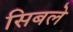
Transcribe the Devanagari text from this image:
सिबले